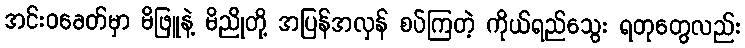
အင်းဝခေတ်မှာ မိဖြူနဲ့ မိညိုတို့ အပြန်အလှန် စပ်ကြတဲ့ ကိုယ်ရည်သွေး ရတုတွေလည်း